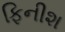
ફિનીશ